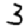
Digit: 3